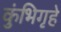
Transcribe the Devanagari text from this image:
कुंभिगृहे